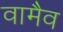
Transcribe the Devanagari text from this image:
वामैव